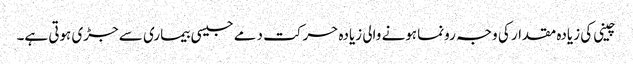
چینی کی زیادہ مقدار کی وجہ رونما ہونے والی زیادہ حرکت دمے جیسی بیماری سے جڑی ہوتی ہے۔